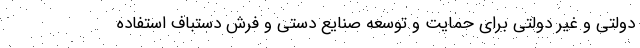
دولتی و غیر دولتی برای حمایت و توسعه صنایع دستی و فرش دستباف استفاده